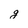
Character: g